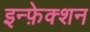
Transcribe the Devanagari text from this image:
इन्फ़ेक्शन